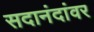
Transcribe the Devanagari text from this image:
सदानंदांवर